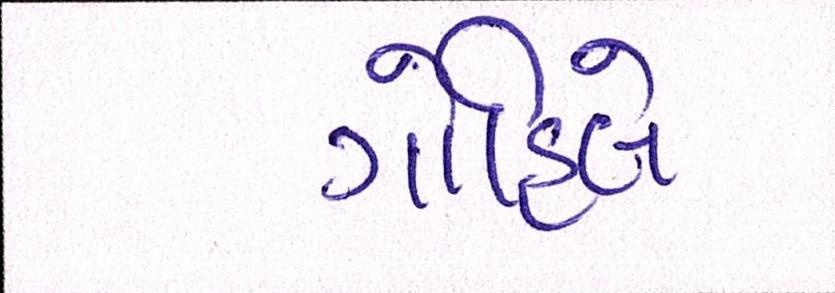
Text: ગોહિલે